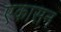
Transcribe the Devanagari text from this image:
एकासन